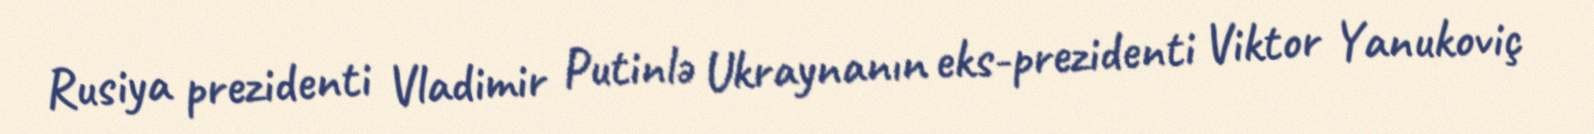
Rusiya prezidenti Vladimir Putinlə Ukraynanın eks-prezidenti Viktor Yanukoviç